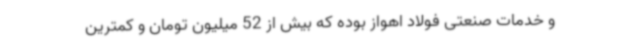
و خدمات صنعتی فولاد اهواز بوده که بیش از 52 میلیون تومان و کمترین